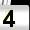
Digit: 4